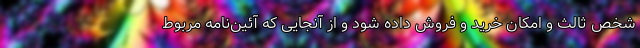
شخص ثالث و امکان خرید و فروش داده شود و از آنجایی که آئین‌نامه مربوط